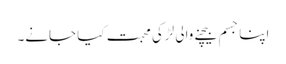
اپنا جسم بیچنے والی لڑکی محبت کیا جانے۔